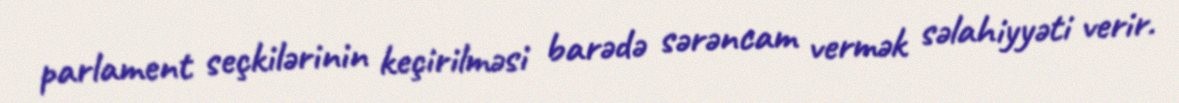
parlament seçkilərinin keçirilməsi barədə sərəncam vermək səlahiyyəti verir.